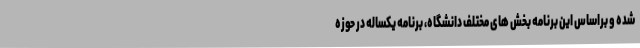
شده و براساس این برنامه بخش های مختلف دانشگاه، برنامه یکساله در حوزه